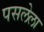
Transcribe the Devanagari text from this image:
पसलेला